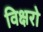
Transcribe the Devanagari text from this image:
विक्षरो